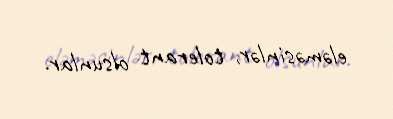
eləməsinlər, tolerant olsunlar.